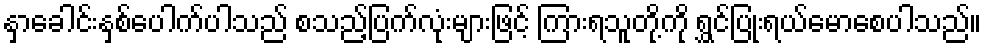
နှာခေါင်းနှစ်ပေါက်ပါသည် စသည့်ပြက်လုံးများဖြင့် ကြားရသူတို့ကို ရွှင်ပြုံးရယ်မောစေပါသည်။